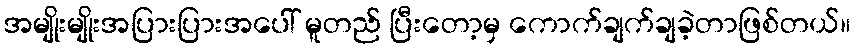
အမျိုးမျိုးအပြားပြားအပေါ် မူတည် ပြီးတော့မှ ကောက်ချက်ချခဲ့တာဖြစ်တယ်။